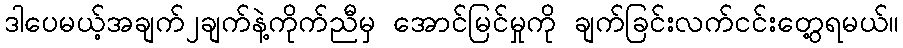
ဒါပေမယ့်အချက်၂ချက်နဲ့ကိုက်ညီမှ အောင်မြင်မှုကို ချက်ခြင်းလက်ငင်းတွေ့ရမယ်။